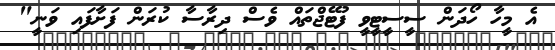
އެ މީހާ ހޯދަން ސީސީޓީވީ ފުޓޭޖްތައް ވެސް ދިރާސާ ކުރަން ފަށާފައި ވަނީ"